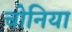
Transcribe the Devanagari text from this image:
चोनिया